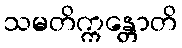
သမတိက္ကန္တောတိ